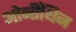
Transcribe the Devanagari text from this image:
ओर्नीथिन